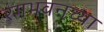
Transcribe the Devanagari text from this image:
रंगभवनच्या